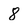
Character: 8